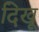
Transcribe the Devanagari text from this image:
दिखू